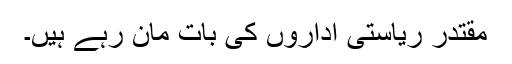
مقتدر ریاستی اداروں کی بات مان رہے ہیں۔